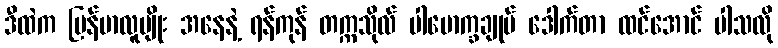
ဒီထဲက မြန်မာလူမျိုး အနေနဲ့ ရန်ကုန် တက္ကသိုလ် ပါမောက္ခချုပ် ဒေါက်တာ ထင်အောင် ပါသလို